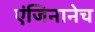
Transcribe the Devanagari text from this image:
एंजिनानेच